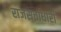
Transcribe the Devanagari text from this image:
राजसत्ताधारी